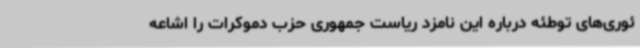
ئوری‌های توطئه درباره این نامزد ریاست جمهوری حزب دموکرات را اشاعه